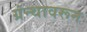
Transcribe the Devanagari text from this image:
ग्रंन्थावरून